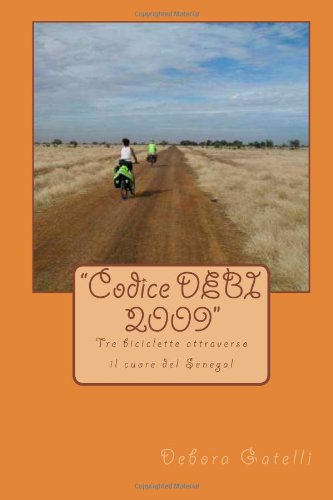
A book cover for "Codice DEBI 2009": Tre biciclette attraverso il cuore del Senegal (Italian Edition); Debora Gatelli; Travel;